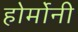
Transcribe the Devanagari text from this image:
होर्मोनी